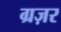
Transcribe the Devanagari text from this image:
ग्रज़र